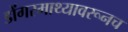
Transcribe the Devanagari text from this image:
डोंगरमाथ्यावरूनच